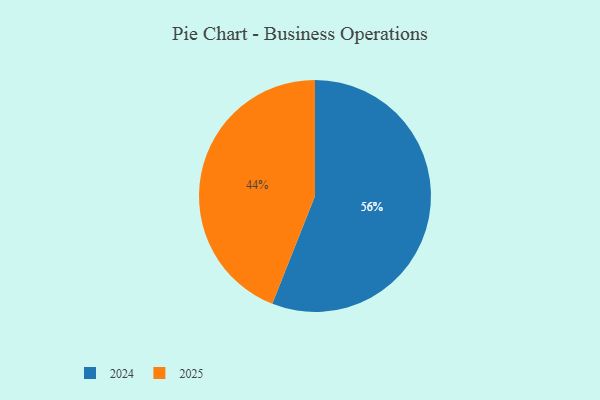
{"axis": {"x": "Category", "y": "Percentage"}, "legend": ["2024", "2025"], "data": [{"x": "2025", "y": 44, "type": "2025"}, {"x": "2024", "y": 56, "type": "2024"}]}